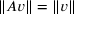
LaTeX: \| A v \| = \| v \|